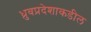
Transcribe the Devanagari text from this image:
ध्रुवप्रदेशाकडील